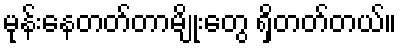
မုန်းနေတတ်တာမျိုးတွေ ရှိတတ်တယ်။